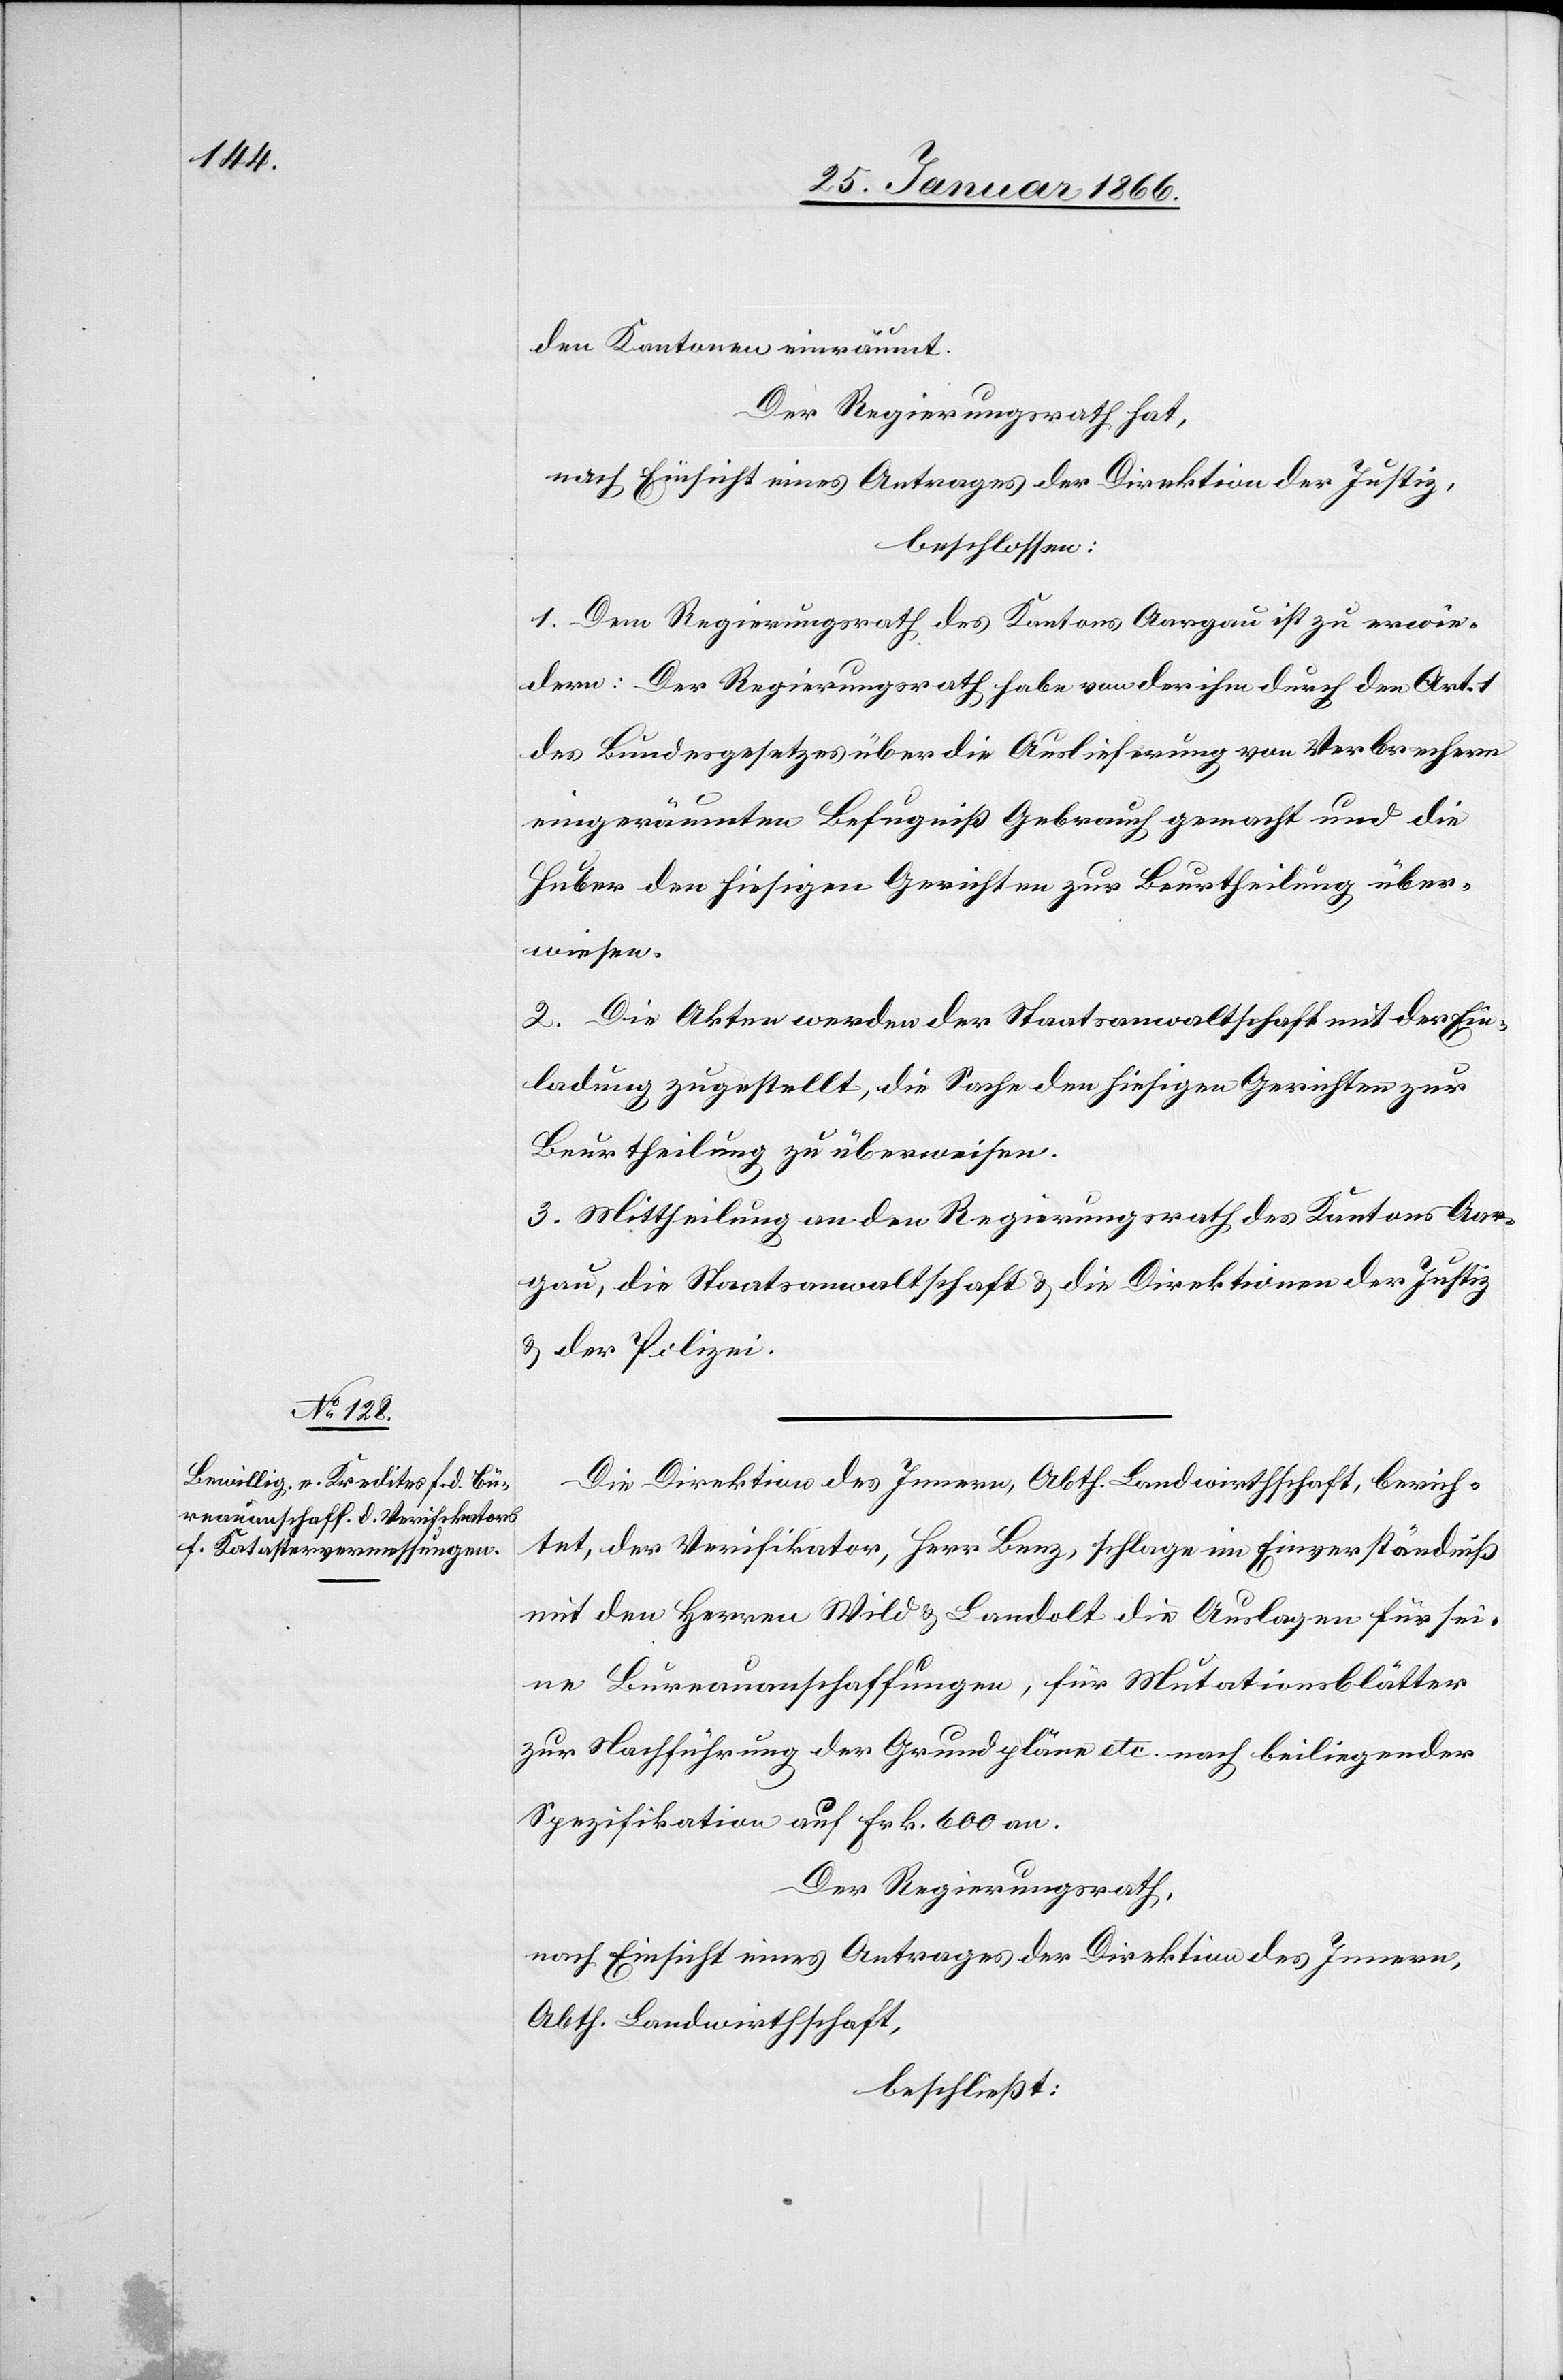
den Kantonen einräumt.
Der Regierungsrath hat,
nach Einsicht eines Antrages der Direktion der Justiz,
beschlossen:
1. Dem Regierungsrath des Kantons Aargau ist zu erwie¬
dern: Der Regierungsrath habe von der ihm durch den Art.
des Bundesgesetzes über die Auslieferung von Verbrechern
eingeräumten Befugniß Gebrauch gemacht und die
Huber den hiesigen Gerichten zur Beurtheilung über¬
wiesen.
2. Die Akten werden der Staatsanwaltschaft mit der Ein¬
ladung zugestellt, die Sache den hiesigen Gerichten zur
Beurtheilung zu überweisen.
3. Mittheilung an den Regierungsrath des Kantons Aar¬
gau, die Staatsanwaltschaft u. die Direktionen der Justiz
u. der Polizei.
Die Direktion des Innern, Abth. Landwirthschaft, berich¬
tet, der Verifikator, Herr Benz, schlage im Einverständniß
mit den Herren Wild u. Landolt die Auslagen für sei¬
ne Bureauanschaffungen, für Mutationsblätter
zur Nachführung der Grundpläne etc. nach beiliegender
Spezifikation auf Frk. 600 an.
Der Regierungsrath,
nach Einsicht eines Antrages der Direktion des Innern,
Abth. Landwirthschaft,
beschließt: